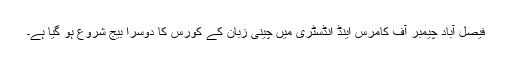
فیصل آباد چیمبر آف کامرس اینڈ انڈسٹری میں چینی زبان کے کورس کا دوسرا بیج شروع ہو گیا ہے۔